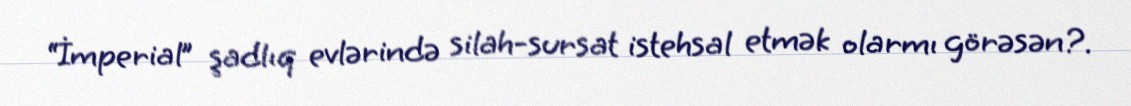
“İmperial” şadlıq evlərində silah-sursat istehsal etmək olarmı görəsən?.